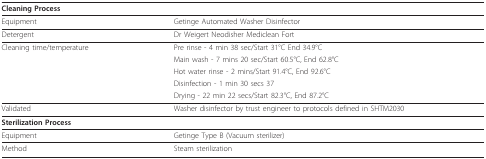
<table><thead><tr><td><b>Cleaning Process</b></td><td></td></tr></thead><tbody><tr><td>Equipment</td><td>Getinge Automated Washer Disinfector</td></tr><tr><td>Detergent</td><td>Dr Weigert Neodisher Mediclean Fort</td></tr><tr><td>Cleaning time/temperature</td><td>Pre rinse - 4 min 38 sec/Start 31°C End 34.9°C</td></tr><tr><td></td><td>Main wash - 7 mins 20 sec/Start 60.5°C, End 62.8°C</td></tr><tr><td></td><td>Hot water rinse - 2 mins/Start 91.4°C, End 92.6°C</td></tr><tr><td></td><td>Disinfection - 1 min 30 secs 37</td></tr><tr><td></td><td>Drying - 22 min 22 secs/Start 82.3°C, End 87.2°C</td></tr><tr><td>Validated</td><td>Washer disinfector by trust engineer to protocols defined in SHTM2030</td></tr><tr><td><b>Sterilization Process</b></td><td></td></tr><tr><td>Equipment</td><td>Getinge Type B (Vacuum sterilizer)</td></tr><tr><td>Method</td><td>Steam sterilization</td></tr></tbody></table>